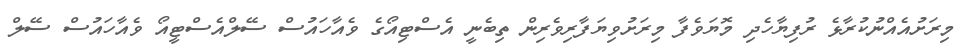
މިރަށުއެއްނުކުރާޅެ ރުފިޔާހެދި މޮޔަވެފާ މިރަށުވިޔަފާރިވެރިން ތިބެނީ އެސްޓިއޯގެ ވެއާހައުސް ސޭލްއެސްޓީއޯ ވެއާހައުސް ސޭލް